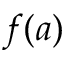
f ( a )